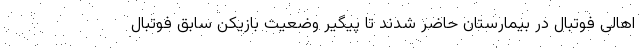
اهالی فوتبال در بیمارستان حاضر شدند تا پیگیر وضعیت بازیکن سابق فوتبال